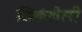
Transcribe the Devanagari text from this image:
जिकंलेली